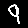
Digit: 9